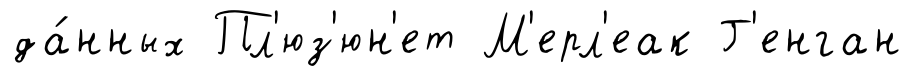
да́нных Пл'юз'юн'ет М'ерл'еак Г'енган